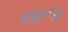
સાળા